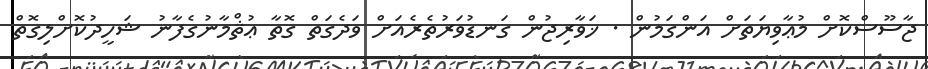
ޖާސޫސްކޮށް މުޢާވިޔަތަށް އަންގަމުން . ޚަވާރިޖުން ގަނޑުވަރުތެރެއަށް ވަދެގަތް ގޮތާ ޢުޘްމާނުގެފާނު ޝަހީދުކޮށްލިގޮތް